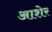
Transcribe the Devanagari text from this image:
आशेर